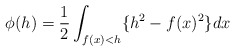
\begin{align*} \begin{aligned} \phi(h)=\frac{1}{2}\int_{f(x)<h}\{h^2-f(x)^2\}dx \end{aligned} \end{align*}